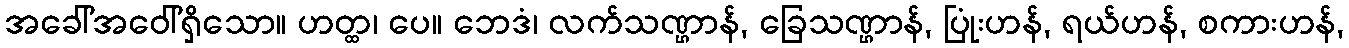
အခေါ်အဝေါ်ရှိသော။ ဟတ္ထ၊ ပေ။ ဘေဒံ၊ လက်သဏ္ဌာန်, ခြေသဏ္ဌာန်, ပြုံးဟန်, ရယ်ဟန်, စကားဟန်,